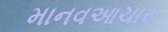
માનવઆચાર